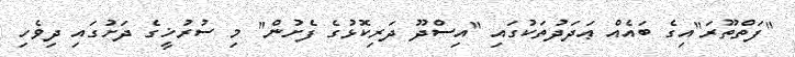
"ފަތްތޫރަ"އިގެ ބައެއް ޢަދަދުތަކުގައި "އިސްދޫ ދަރިކޮޅުގެ ފެށުން" މި ސުރުޚީގެ ދަށުގައި ދިވެހި